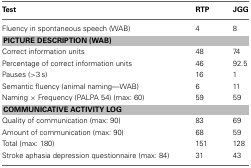
<table><thead><tr><td><b>Test</b></td><td><b>RTP</b></td><td><b>JGG</b></td></tr></thead><tbody><tr><td>Fluency in spontaneous speech (WAB)</td><td>4</td><td>8</td></tr><tr><td colspan="3"><b>PICTURE DESCRIPTION (WAB)</b></td></tr><tr><td>Correct information units</td><td>48</td><td>74</td></tr><tr><td>Percentage of correct information units</td><td>46</td><td>92.5</td></tr><tr><td>Pauses (&gt;3 s)</td><td>16</td><td>1</td></tr><tr><td>Semantic fluency (animal naming—WAB)</td><td>6</td><td>11</td></tr><tr><td>Naming × Frequency (PALPA 54) (max: 60)</td><td>59</td><td>59</td></tr><tr><td colspan="3"><b>COMMUNICATIVE ACTIVITY LOG</b></td></tr><tr><td>Quality of communication (max: 90)</td><td>83</td><td>69</td></tr><tr><td>Amount of communication (max: 90)</td><td>68</td><td>59</td></tr><tr><td>Total (max: 180)</td><td>151</td><td>128</td></tr><tr><td>Stroke aphasia depression questionnaire (max: 84)</td><td>31</td><td>43</td></tr></tbody></table>